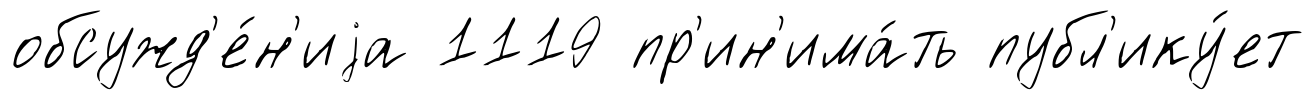
обсужд'е́н'иjа 1119 пр'ин'има́ть публ'ику́ет